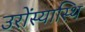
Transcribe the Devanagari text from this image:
उरोंस्यास्थि